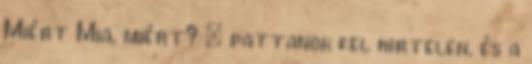
Miért Mia, miért? – pattanok fel hirtelen, és a